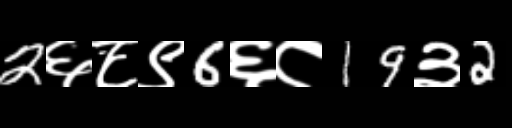
Text: 2६८९6६८19३2